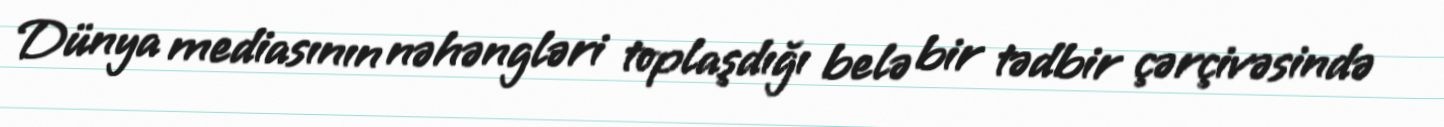
Dünya mediasının nəhəngləri toplaşdığı belə bir tədbir çərçivəsində